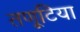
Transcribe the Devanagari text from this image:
तणूटिया